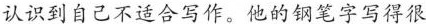
认识到自己不适合写作。他的钢笔字写得很